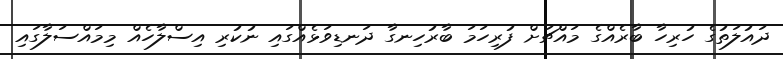
ދައުލަތުގެ ހުރިހާ ބާރެއްގެ މައްޗަށް ފުރިހަމަ ބާރުހިނގާ ދަނޑިވަޅެއްގައި ނުކުރި އިސްލާހެއް މިމައްސަލާގައި